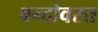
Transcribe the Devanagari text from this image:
बन्दोवस्त